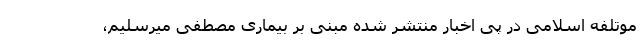
موتلفه اسلامی در پی اخبار منتشر شده مبنی بر بیماری مصطفی میرسلیم،